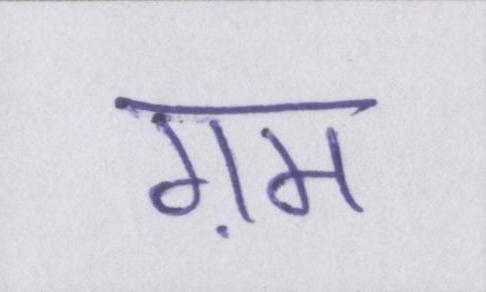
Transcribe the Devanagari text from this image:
ग़म